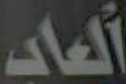
العاب